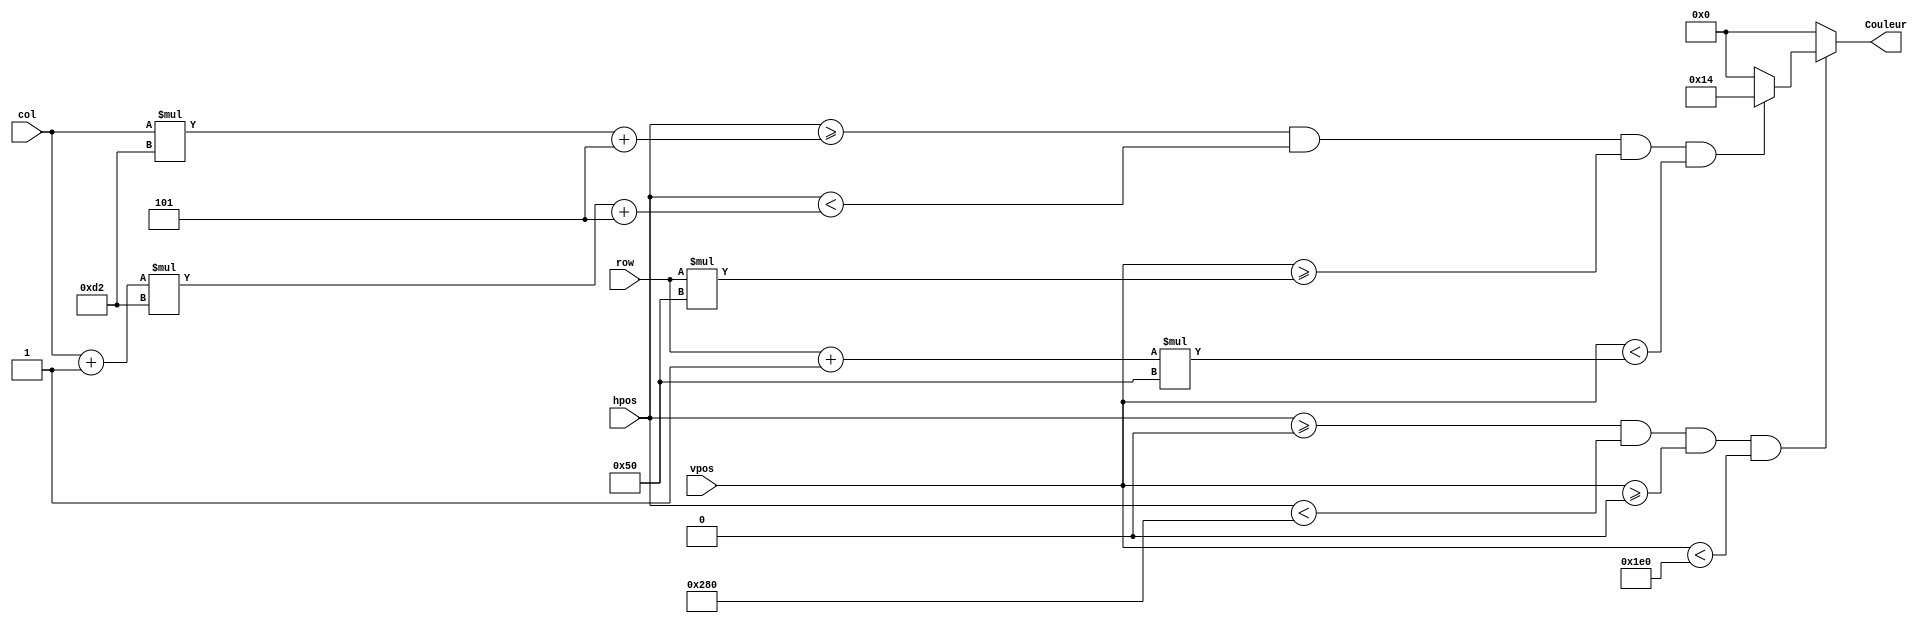
`timescale 1ns / 1ps
//////////////////////////////////////////////////////////////////////////////////
// Company: 
// Engineer: 
// 
// Design Name: 
// Module Name:    brique 
// Project Name: 
// Target Devices: 
// Tool versions: 
// Description: 
//
// Dependencies: 
//
// Revision: 
// Revision 0.01 - File Created
// Additional Comments: 
//
//////////////////////////////////////////////////////////////////////////////////
module Brique(
    input [1:0] col,
    input [2:0] row,
    input [10:0] hpos,
    input [10:0] vpos,
    output reg[4:0] Couleur
    );
    parameter LARGEUR_BRIQUE=210;
	 parameter HAUTEUR_BRIQUE=80;
	 parameter LARGEUR_ECRAN=640;
	 parameter HAUTEUR_ECRAN=480;
	 parameter INTERVALLE_BRIQUE=1;
	 parameter COULEUR_BRIQUE=20;//  modifier
	 
	 always@(col or row or hpos or vpos) begin
	   if (hpos>=0&hpos<LARGEUR_ECRAN&vpos>=0&vpos<HAUTEUR_ECRAN) begin
	     if (hpos>=col*LARGEUR_BRIQUE+5&hpos<(col+1)*LARGEUR_BRIQUE+5&
		  vpos>=row*HAUTEUR_BRIQUE&vpos<(row+1)*HAUTEUR_BRIQUE) Couleur=COULEUR_BRIQUE;
		  else Couleur=0;
	   end
	   else Couleur=0;
	 end
endmodule